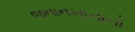
જનાનખાનાનો